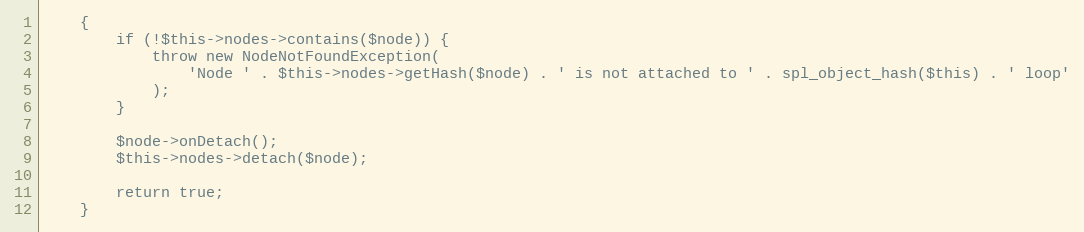
Language: PHP
    {
        if (!$this->nodes->contains($node)) {
            throw new NodeNotFoundException(
                'Node ' . $this->nodes->getHash($node) . ' is not attached to ' . spl_object_hash($this) . ' loop'
            );
        }

        $node->onDetach();
        $this->nodes->detach($node);

        return true;
    }